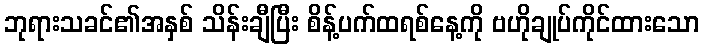
ဘုရားသခင်၏အနှစ် သိန်းချီပြီး စိန့်ပက်ထရစ်နေ့ကို ဗဟိုချုပ်ကိုင်ထားသော